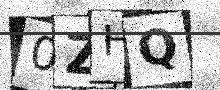
Text: 0ZHQ